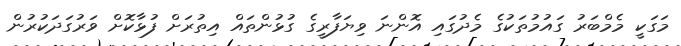
މަގަކީ މެމްބަރު ގައުމުތަކުގެ މެދުގައި އޮންނަ ވިޔަފާރީގެ ގުޅުންތައް އިތުރަށް ފުޅާކޮށް ވަރުގަދަކުރުން